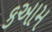
કઆમ